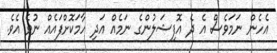
އެހެން ނަމަވެސް އެ ދެ އޮފިޝަލުންގެ ނަމެއް އަދި ހާމަކޮށްފައެއް ނުވެ އެވެ.